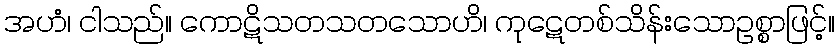
အဟံ၊ ငါသည်။ ကောဋိသတသတသောဟိ၊ ကုဋေတစ်သိန်းသောဥစ္စာဖြင့်။